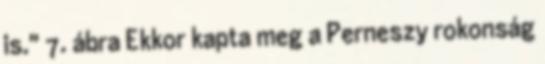
is." 7. ábra Ekkor kapta meg a Perneszy rokonság